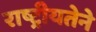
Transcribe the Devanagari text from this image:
राष्ट्रीयतेने